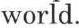
world.